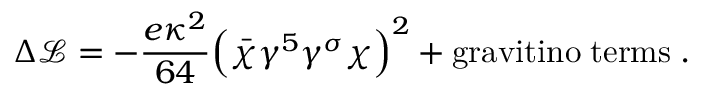
\Delta { \mathcal L } = - { \frac { e \kappa ^ { 2 } } { 6 4 } } \Bigl ( \bar { \chi } \gamma ^ { 5 } \gamma ^ { \sigma } \chi \Bigr ) ^ { 2 } + \mathrm { g r a v i t i n o \; t e r m s } \; .